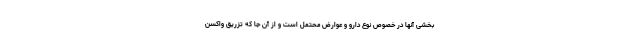
بخشی آنها در خصوص نوع دارو و عوارض محتمل است و از آن جا که تزریق واکسن